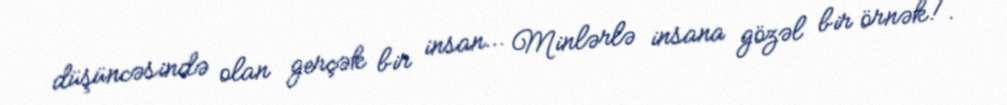
düşüncəsində olan gerçək bir insan… Minlərlə insana gözəl bir örnək!.